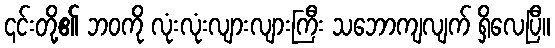
၎င်းတို့၏ ဘဝကို လုံးလုံးလျားလျားကြီး သဘောကျလျက် ရှိလေပြီ။